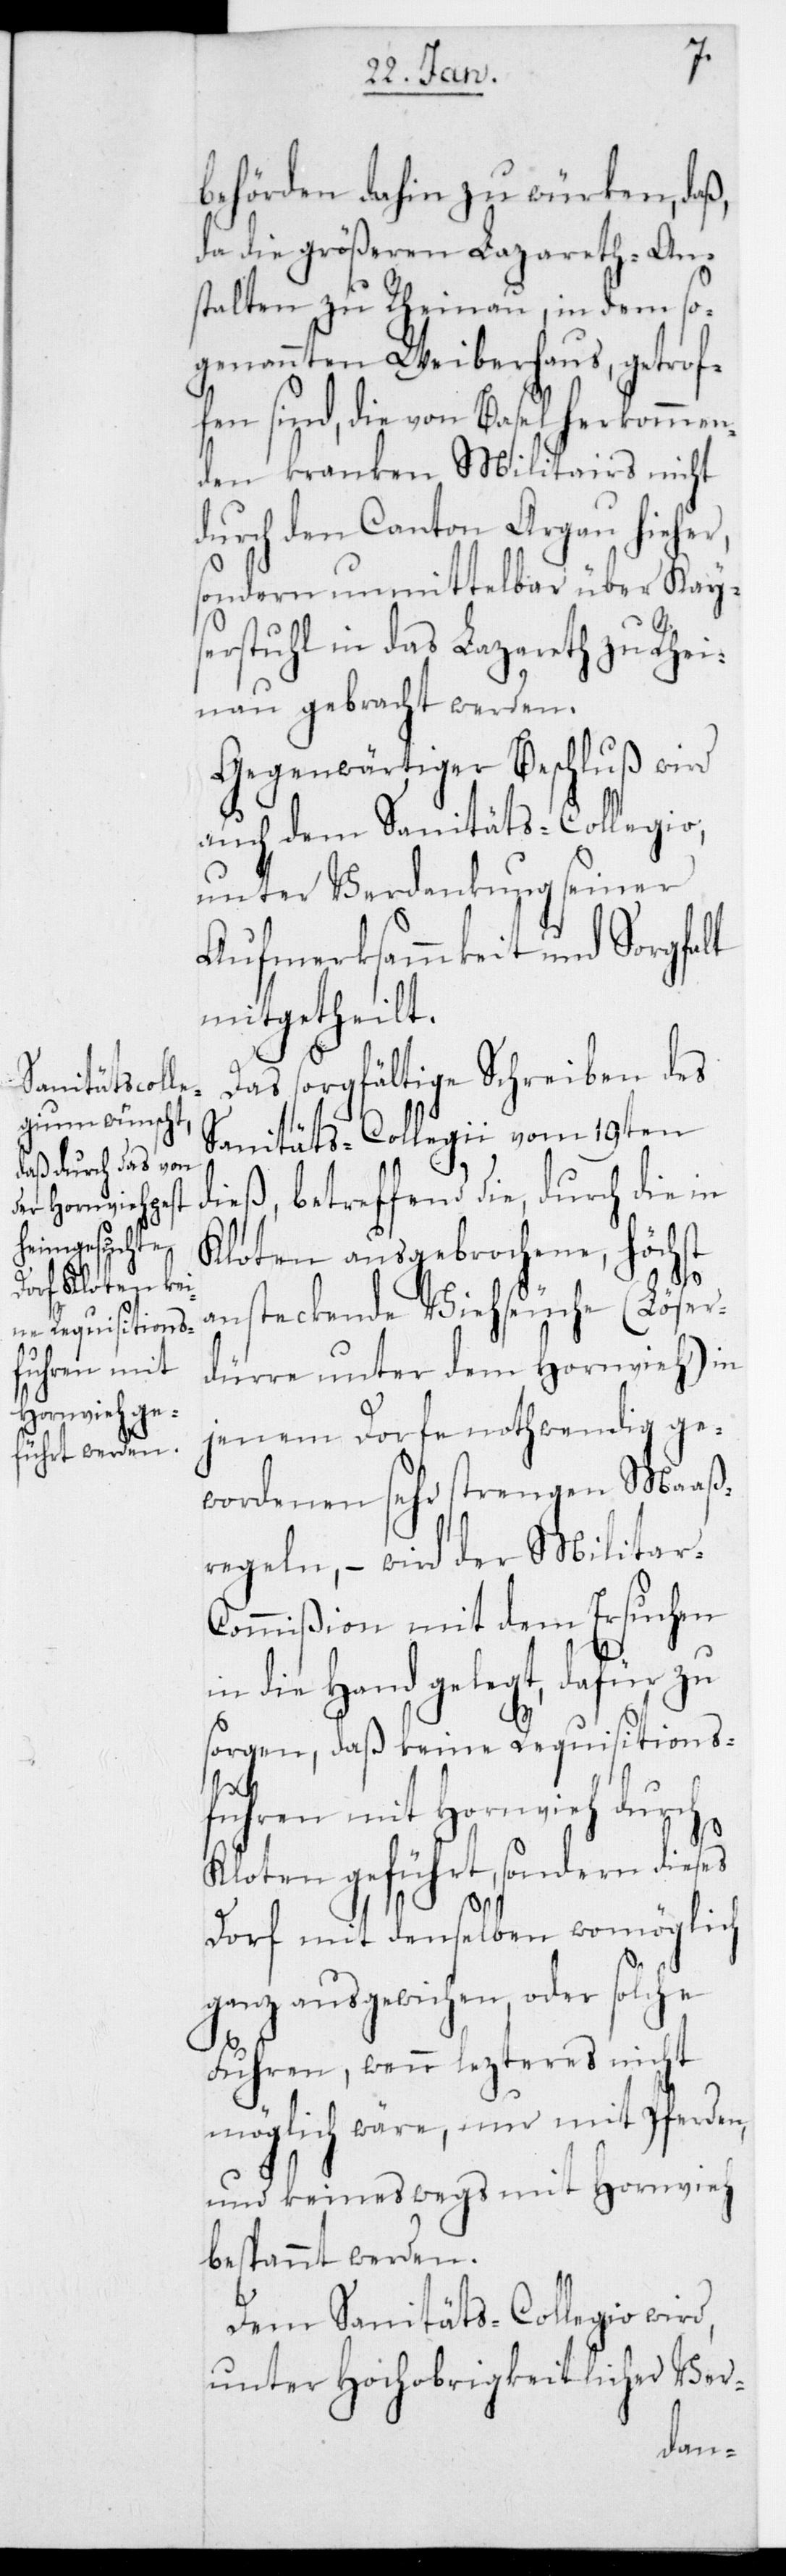
behörden dahin zu würken, daß,
da die größeren Lazareth-An¬
stalten zu Rheinau, in dem so¬
genannten Weiberhaus, getrof¬
fen sind, die von Basel herkommen¬
den kranken Militars nicht
durch den Canton Argau hieher,
sondern unmittelbar über Kays¬
erstuhl in das Lazareth zu Rhei¬
nau gebracht werden.
Gegenwärtiger Beschluß wird
auch dem Sanitäts-Collegio,
unter Verdankung seiner
Aufmerksammmkeit und Sorgfalt
mitgetheilt.
Das sorgfältige Schreiben des
Sanitäts-Collegii vom 19ten
dieß, betreffend die, durch die in
Kloten ausgebrochene, höchst
ansteckende Viehseuche (Löser¬
dürre unter dem Hornvieh) in
jenem Dorfe nothwendig ge¬
wordenen sehr strengen Maaß¬
regeln, – wird der Militar-C¬
ommißion mit dem Ersuchen
in die Hand gelegt, dafür zu
sorgen, daß keine Requisitions¬
fuhren mit Hornvieh durch
Kloten geführt, sondern dieses
Dorf mit demselben womöglich
ganz ausgewichen, oder solche
Fuhren, wenn lezteres nicht
möglich wäre, nur mit Pferden
und keineswegs mit Hornvieh
bespannt werden.
Dem Sanitäts-Collegio wird,
unter Hochobrigkeitlicher Ver-